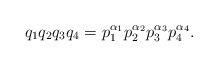
\begin{align*}q_1q_2q_3q_4 = p_1^{\alpha_1}p_2^{\alpha_2}p_3^{\alpha_3}p_4^{\alpha_4}.\end{align*}